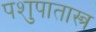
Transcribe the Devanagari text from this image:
पशुपातास्त्र